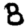
Digit: 8